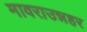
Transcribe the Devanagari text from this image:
मावराउन्नहर